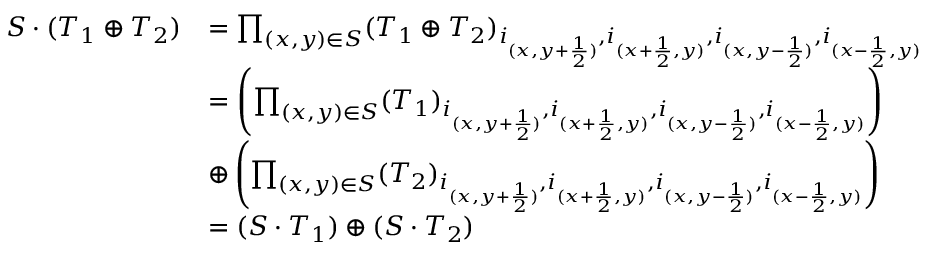
\begin{array} { r l } { S \cdot ( T _ { 1 } \oplus T _ { 2 } ) } & { = \prod _ { ( x , y ) \in S } ( T _ { 1 } \oplus T _ { 2 } ) _ { i _ { ( x , y + \frac { 1 } { 2 } ) } , i _ { ( x + \frac { 1 } { 2 } , y ) } , i _ { ( x , y - \frac { 1 } { 2 } ) } , i _ { ( x - \frac { 1 } { 2 } , y ) } } } \\ & { = \left( \prod _ { ( x , y ) \in S } ( T _ { 1 } ) _ { i _ { ( x , y + \frac { 1 } { 2 } ) } , i _ { ( x + \frac { 1 } { 2 } , y ) } , i _ { ( x , y - \frac { 1 } { 2 } ) } , i _ { ( x - \frac { 1 } { 2 } , y ) } } \right) } \\ & { \oplus \left( \prod _ { ( x , y ) \in S } ( T _ { 2 } ) _ { i _ { ( x , y + \frac { 1 } { 2 } ) } , i _ { ( x + \frac { 1 } { 2 } , y ) } , i _ { ( x , y - \frac { 1 } { 2 } ) } , i _ { ( x - \frac { 1 } { 2 } , y ) } } \right) } \\ & { = ( S \cdot T _ { 1 } ) \oplus ( S \cdot T _ { 2 } ) } \end{array}